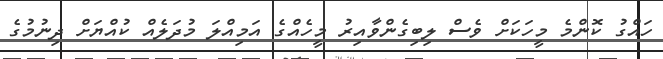
ހައްގު ކޮންމެ މީހަކަށް ވެސް ލިބިގެންވާއިރު މީހެއްގެ އަމިއްލަ މުދަލެއް ކުއްޔަށް ދިނުމުގެ